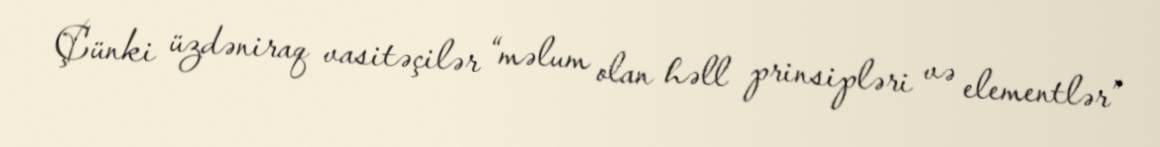
Çünki üzdəniraq vasitəçilər “məlum olan həll prinsipləri və elementlər”